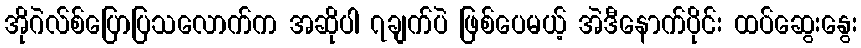
အိုဂဲလ်စ်ပြောပြသလောက်က အဆိုပါ ၇ချက်ပဲ ဖြစ်ပေမယ့် အဲဒီနောက်ပိုင်း ထပ်ဆွေးနွေး